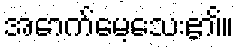
အောက်မေ့သေး၏။